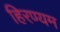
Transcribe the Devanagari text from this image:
हिरण्यम